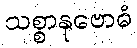
သစ္စာနုဗောဓံ